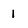
Character: 1